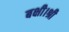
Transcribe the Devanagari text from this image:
बक्षी।श्री